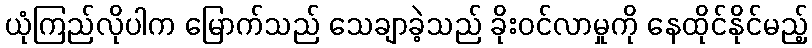
ယုံကြည်လိုပါက မြောက်သည် သေချာခဲ့သည် ခိုးဝင်လာမှုကို နေထိုင်နိုင်မည့်